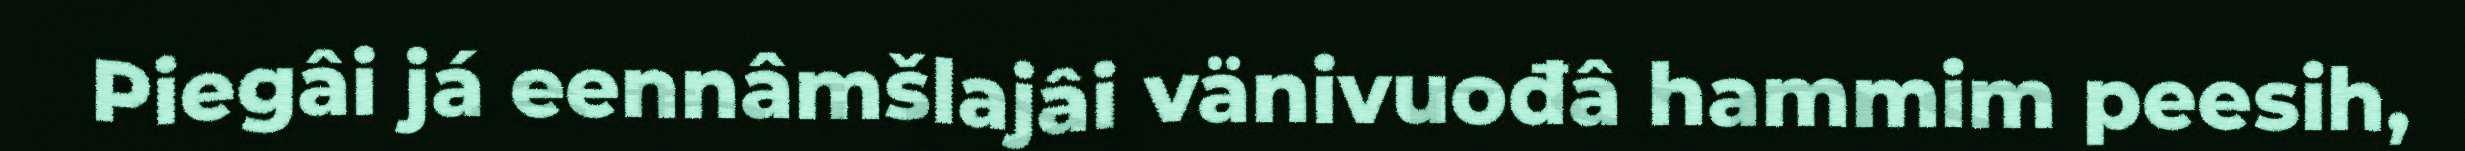
Piegâi já eennâmšlajâi vänivuođâ hammim peesih,